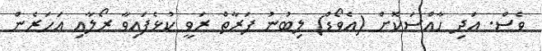
ވެސް. އަދި ހާއްސަކޮށް (އެވޯޑް) ލިބުނު ފަރާތް ރަވީ ކުޅެފައިވާ ރޯލާއި އަހަރެން